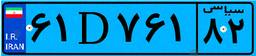
۹۹D۵۲۳۹۲